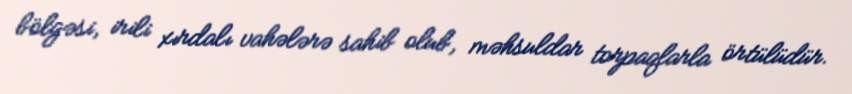
bölgəsi, irili xırdalı vahələrə sahib olub, məhsuldar torpaqlarla örtülüdür.